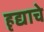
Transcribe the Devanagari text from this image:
हृद्याचे